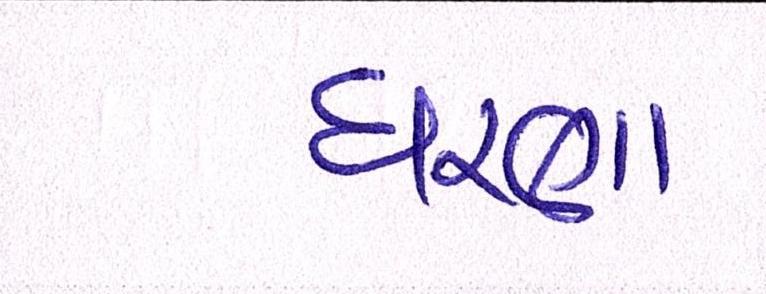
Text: ધરણા